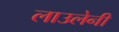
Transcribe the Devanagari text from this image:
लाउलेनी